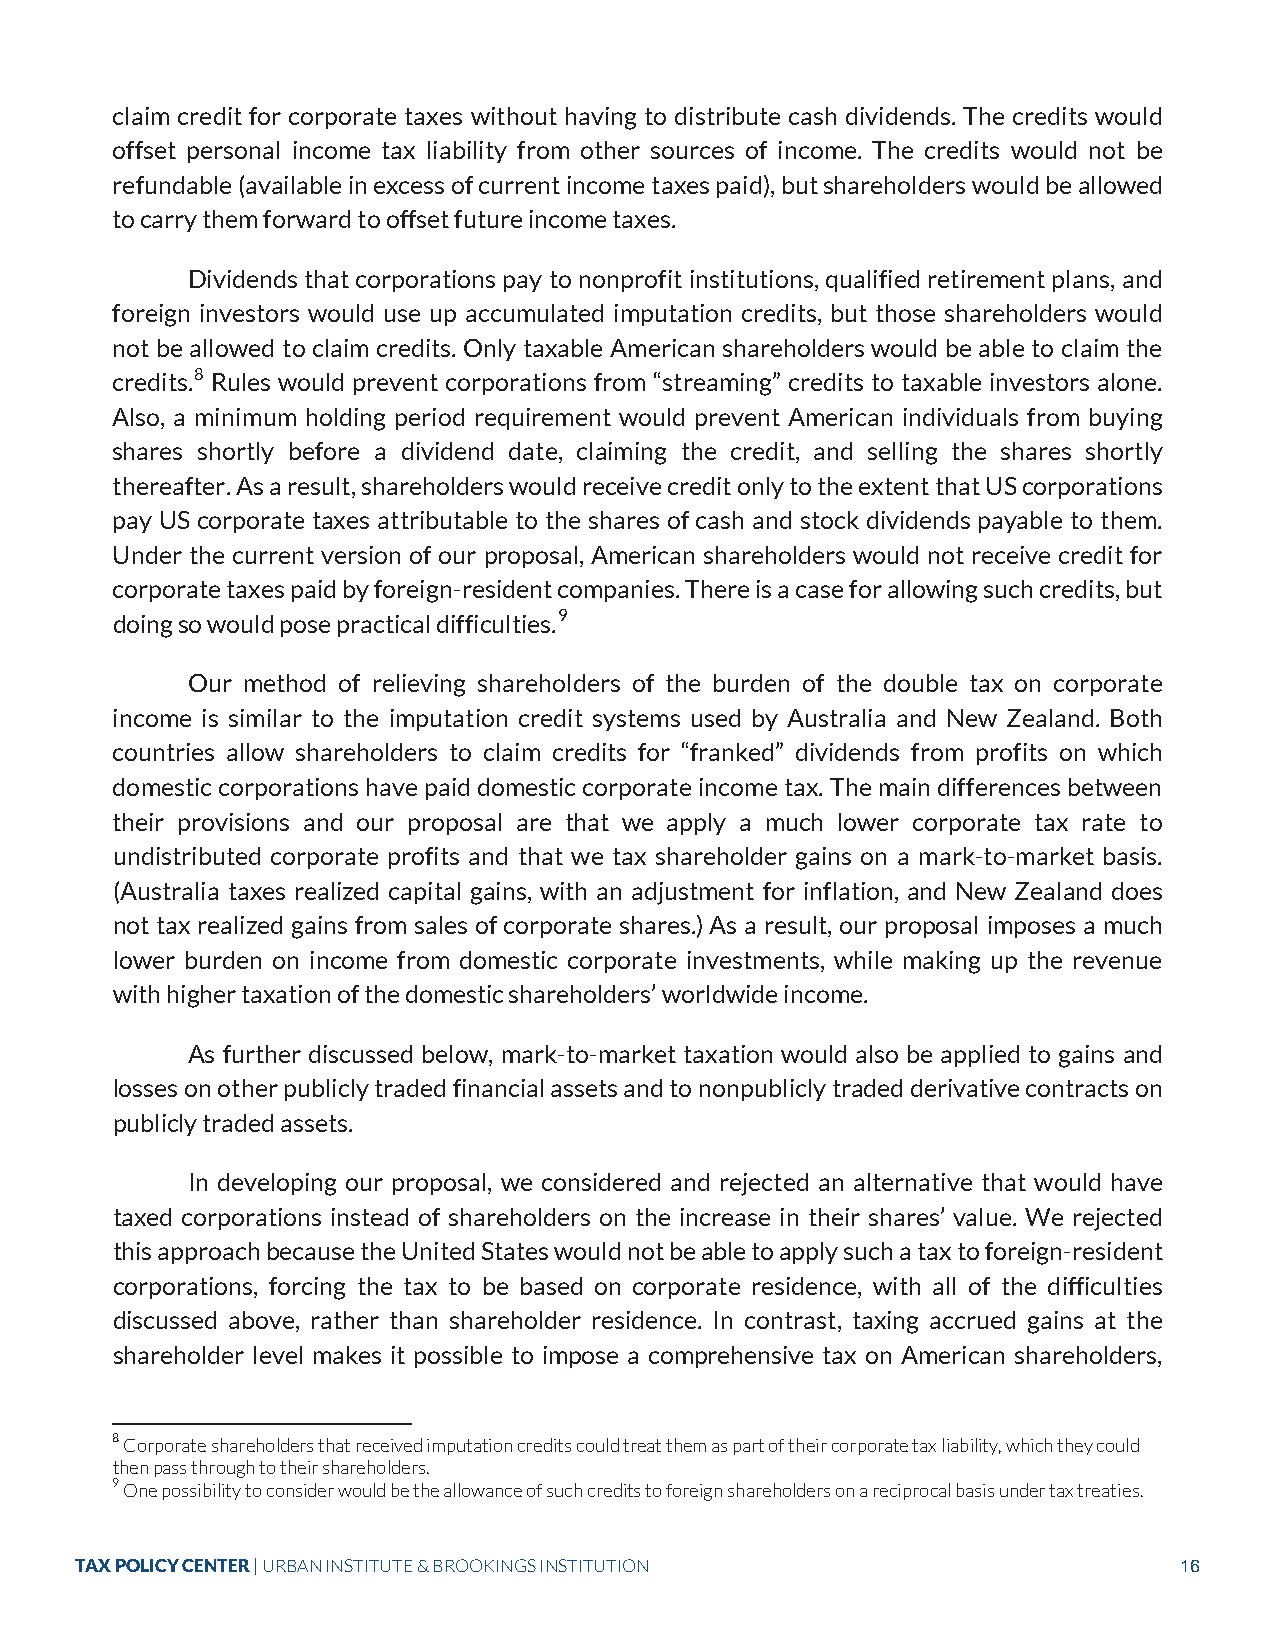
claim credit for corporate taxes without having to distribute cash dividends. The credits would
 offset personal income tax liability from other sources of income. The credits would not be
 refundable (available in excess of current income taxes paid), but shareholders would be allowed
 to carry them forward to offset future income taxes.
 Dividends that corporations pay to nonprofit institutions, qualified retirement plans, and
 foreign investors would use up accumulated imputation credits, but those shareholders would
 not be allowed to claim credits. Only taxable American shareholders would be able to claim the
 credits.8 Rules would prevent corporations from “streaming” credits to taxable investors alone.
 Also, a minimum holding period requirement would prevent American individuals from buying
 shares shortly before a dividend date, claiming the credit, and selling the shares shortly
 thereafter. As a result, shareholders would receive credit only to the extent that US corporations
 pay US corporate taxes attributable to the shares of cash and stock dividends payable to them.
 Under the current version of our proposal, American shareholders would not receive credit for
 corporate taxes paid by foreign-resident companies. There is a case for allowing such credits, but
 doing so would pose practical difficulties.9
 Our method of relieving shareholders of the burden of the double tax on corporate
 income is similar to the imputation credit systems used by Australia and New Zealand. Both
 countries allow shareholders to claim credits for “franked” dividends from profits on which
 domestic corporations have paid domestic corporate income tax. The main differences between
 their provisions and our proposal are that we apply a much lower corporate tax rate to
 undistributed corporate profits and that we tax shareholder gains on a mark-to-market basis.
 (Australia taxes realized capital gains, with an adjustment for inflation, and New Zealand does
 not tax realized gains from sales of corporate shares.) As a result, our proposal imposes a much
 lower burden on income from domestic corporate investments, while making up the revenue
 with higher taxation of the domestic shareholders’ worldwide income.
 As further discussed below, mark-to-market taxation would also be applied to gains and
 losses on other publicly traded financial assets and to nonpublicly traded derivative contracts on
 publicly traded assets.
 In developing our proposal, we considered and rejected an alternative that would have
 taxed corporations instead of shareholders on the increase in their shares’ value. We rejected
 this approach because the United States would not be able to apply such a tax to foreign-resident
 corporations, forcing the tax to be based on corporate residence, with all of the difficulties
 discussed above, rather than shareholder residence. In contrast, taxing accrued gains at the
 shareholder level makes it possible to impose a comprehensive tax on American shareholders,
 8 Corporate shareholders that received imputation credits could treat them as part of their corporate tax liability, which they could
 then pass through to their shareholders.
 9 One possibility to consider would be the allowance of such credits to foreign shareholders on a reciprocal basis under tax treaties.
 TAX POLICY CENTER | URBAN INSTITUTE & BROOKINGS INSTITUTION              16